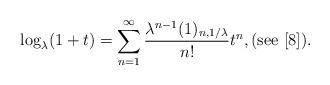
LaTeX: \begin{align*}\log_{\lambda}(1+t)=\sum_{n=1}^{\infty}\frac{\lambda^{n-1}(1)_{n,1/\lambda}}{n!}t^{n},(\mathrm{see}\ [8]).\end{align*}